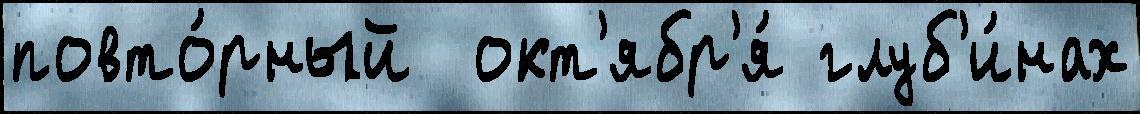
повто́рный  окт'ябр'я́ глуб'и́нах